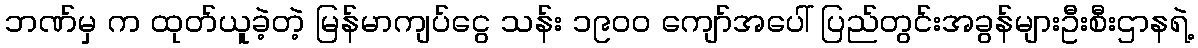
ဘဏ်မှ က ထုတ်ယူခဲ့တဲ့ မြန်မာကျပ်ငွေ သန်း ၁၉၀၀ ကျော်အပေါ် ပြည်တွင်းအခွန်များဦးစီးဌာနရဲ့